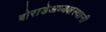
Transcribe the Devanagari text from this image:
बोराडेअध्यक्षस्थानी